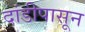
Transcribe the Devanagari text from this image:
दांडीपासून